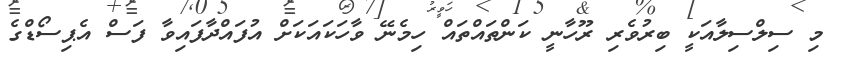
މި ސިލްސިލާއަކީ ބިރުވެރި ރޫހާނީ ކަންތައްތައް ހިމެނޭ ވާހަކައަކަށް އުފައްދާފައިވާ ފަސް އެޕިސޯޑްގެ